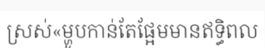
ស្រស់«ម្ហូបកាន់តែផ្អែមមានឥទ្ធិពល